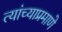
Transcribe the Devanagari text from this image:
त्यांच्याप्रमाणे